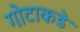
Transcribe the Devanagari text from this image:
गोटाकडे